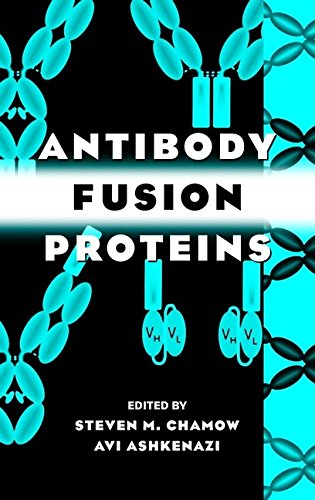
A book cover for Antibody Fusion Proteins; Medical Books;